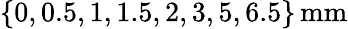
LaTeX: \{ 0,0.5,1,1.5,2,3,5,6.5\} \, \mathrm{mm}